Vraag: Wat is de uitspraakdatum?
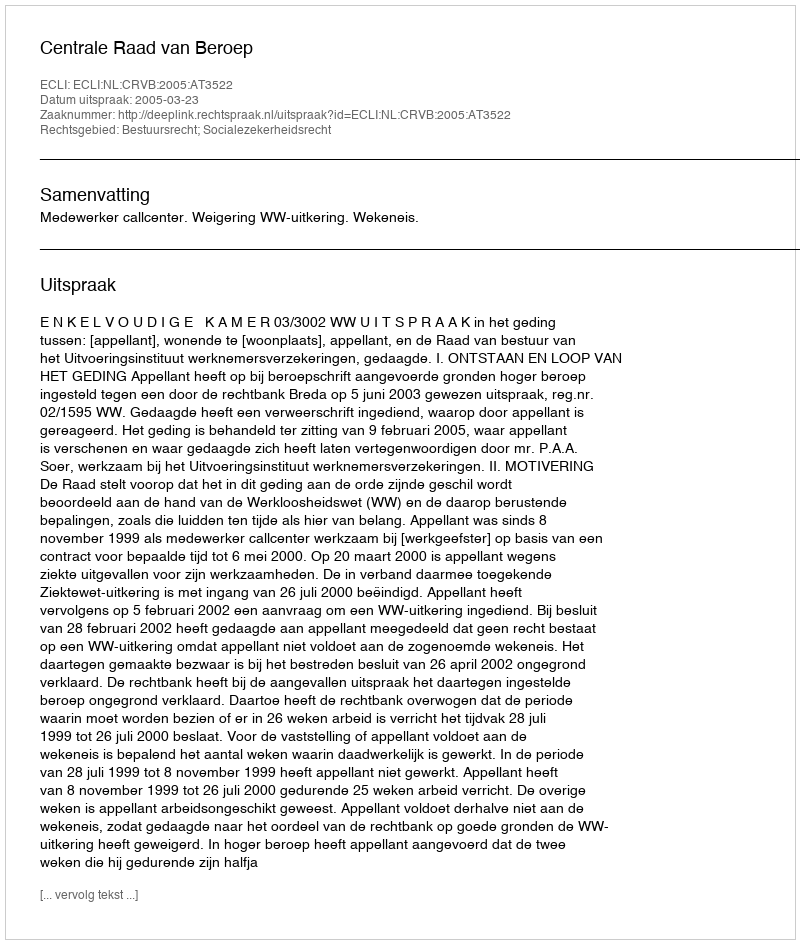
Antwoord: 2005-03-23